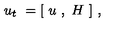
u _ { t } \ = [ \ u \ , \ H \ ] \ ,